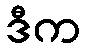
ဒီက